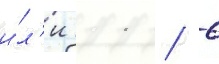
и́л'и 11 / 6